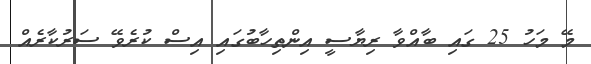
މޭ މަހު 25 ގައި ބާއްވާ ރިޔާސީ އިންތިހާބުގައި އިސް ކުރެވޭ ސަރުކާރެއް